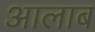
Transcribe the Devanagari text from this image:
आलाब